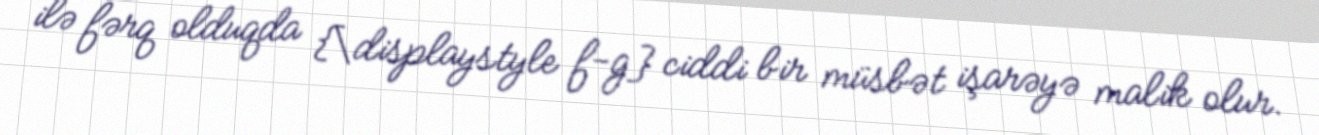
ilə fərq olduqda {\displaystyle f-g} ciddi bir müsbət işarəyə malik olur.